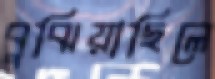
বুঝিয়াছিলে